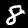
Digit: 8